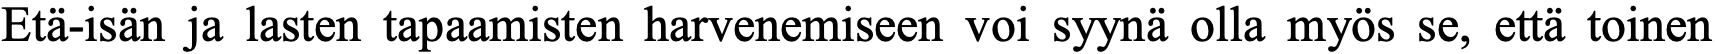
Etä-isän ja lasten tapaamisten harvenemiseen voi syynä olla myös se, että toinen